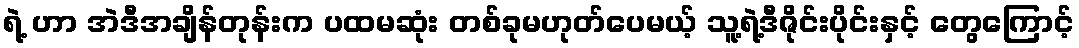
ရဲ့ ဟာ အဲဒီအချိန်တုန်းက ပထမဆုံး တစ်ခုမဟုတ်ပေမယ့် သူ့ရဲ့ဒီဇိုင်းပိုင်းနှင့် တွေကြောင့်